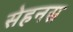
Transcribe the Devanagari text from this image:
सेहनस्र